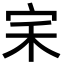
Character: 𭓦